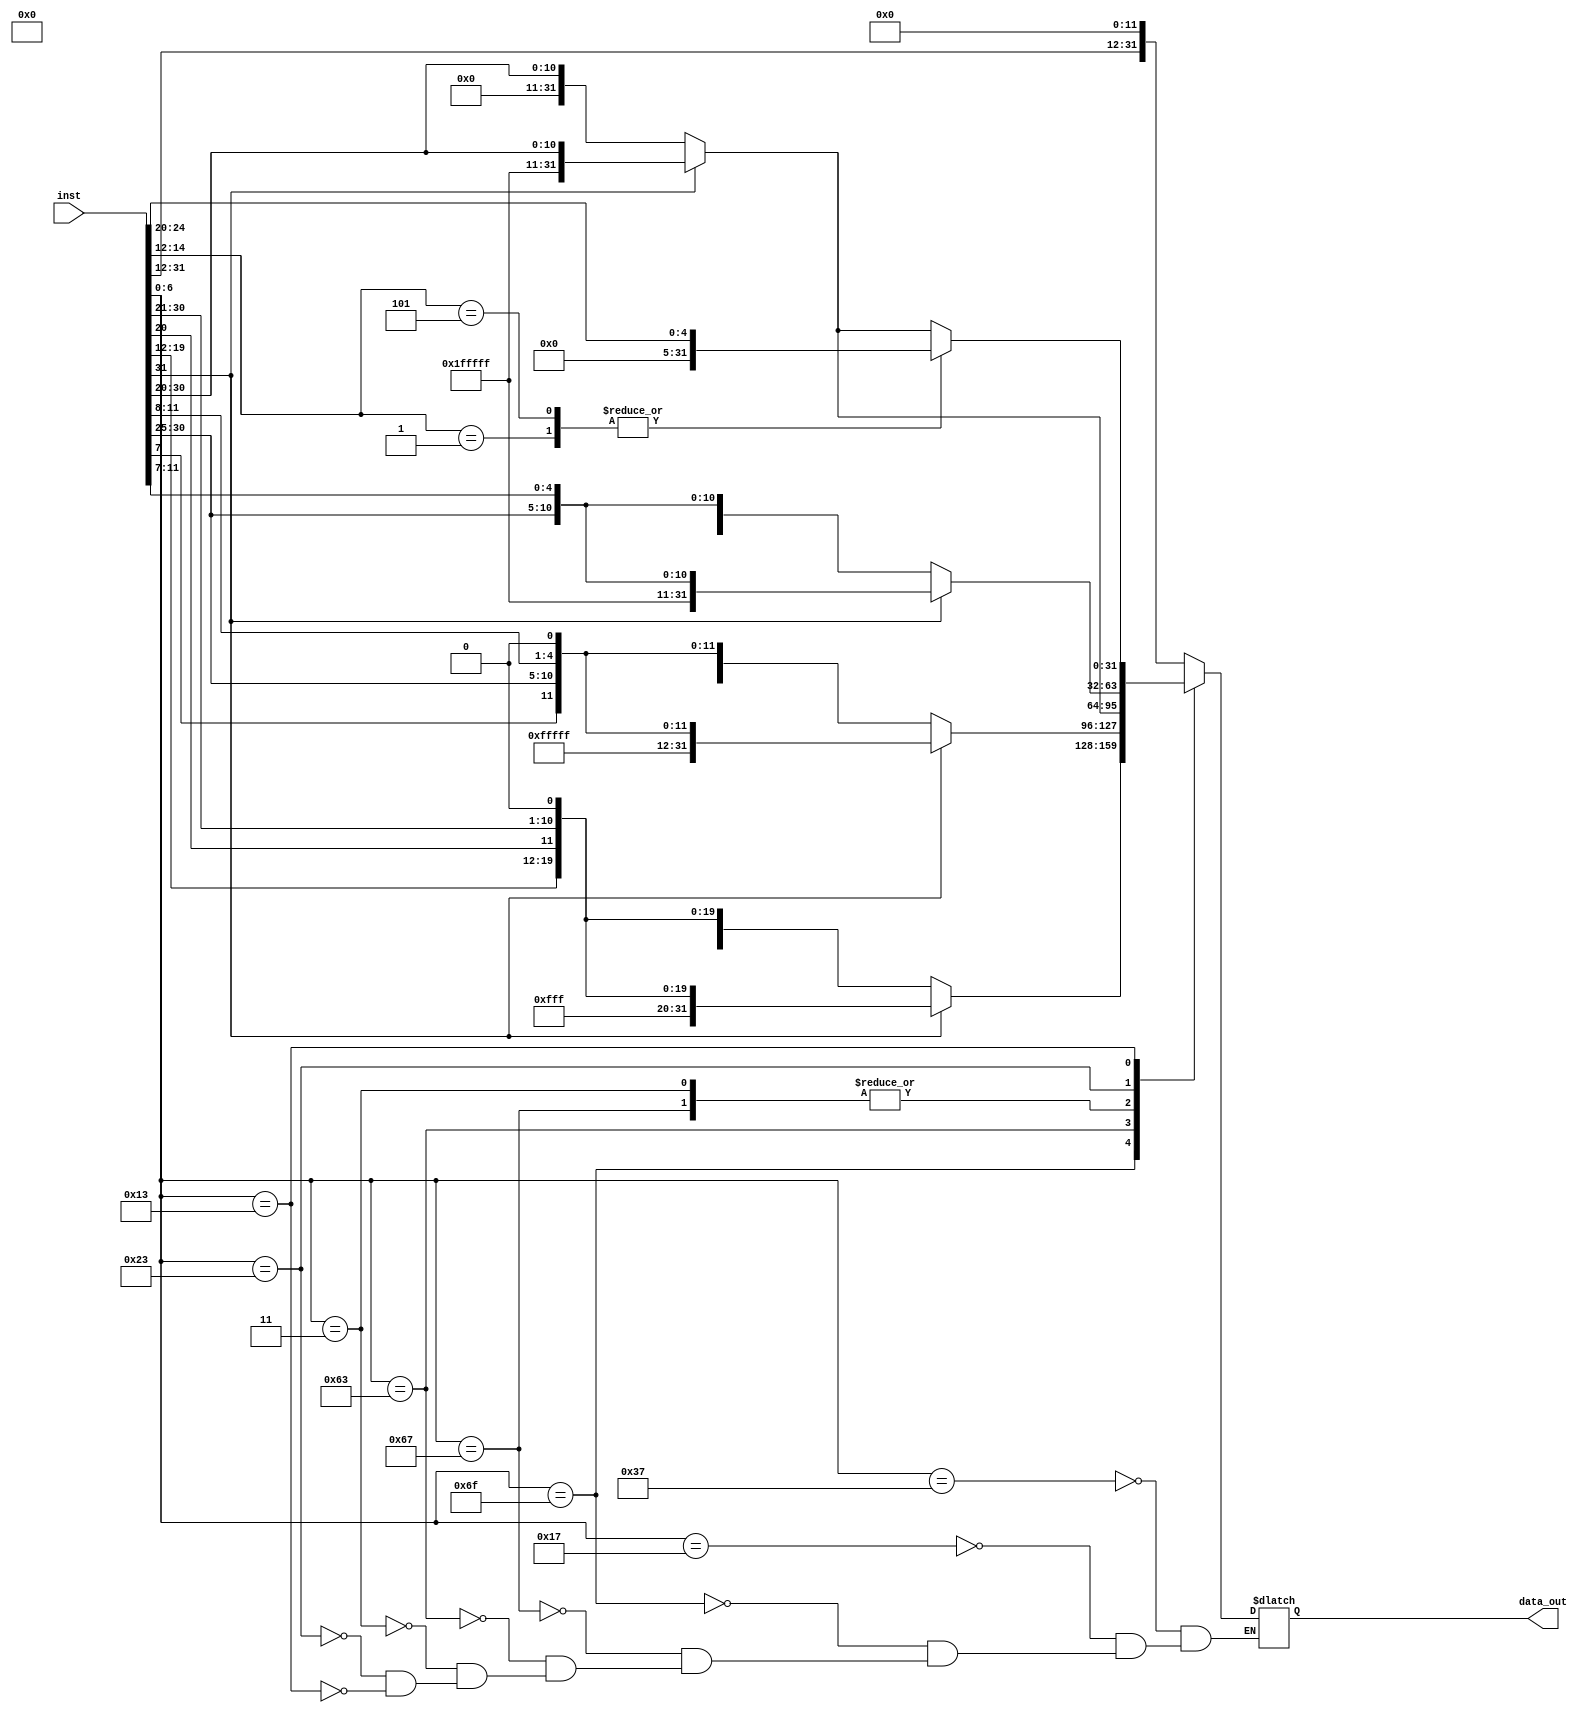
`timescale 1ns / 1ps

module extend_block(
input [31:0] inst,
output reg [31:0] data_out
);

always @(*) begin
    case(inst[6:0]) 
    7'b0110111: data_out <= {inst[31:12], 12'd0}; // LUI
    7'b0010111: data_out <=  {inst[31:12], 12'd0}; // AUIPC    
    7'b1101111: data_out <= inst[31] ? {12'hfff,inst[19:12], inst[20], inst[30:25], inst[24:21],1'b0}:{12'd0,inst[19:12], inst[20], inst[30:25], inst[24:21],1'b0};// jal
    7'b1100111: data_out <= inst[31] ? {22'h3fffff,inst[30:20]} : {22'd0, inst[30:20]};// jalr
    7'b1100011: data_out <= inst[31] ? {20'hfffff,inst[7],inst[30:25], inst[11:8], 1'b0} : {20'd0,inst[7],inst[30:25], inst[11:8], 1'b0};  // BRANCH
    7'b0000011: data_out <= inst[31] ? {22'h3fffff,inst[30:20]} : {22'd0, inst[30:20]}; // LB LH LW LBU LBHU
    7'b0100011: data_out <= inst[31] ? {22'h3fffff, inst[30:25], inst[11:8], inst[7]}:{22'd0, inst[30:25], inst[11:8], inst[7]};   // SB SH SW                                                     
    7'b0010011: begin
        case(inst[14:12])
            3'b000: data_out <= inst[31] ? {22'h3fffff,inst[30:20]} : {22'd0, inst[30:20]};
            3'b010: data_out <= inst[31] ? {22'h3fffff,inst[30:20]} : {22'd0, inst[30:20]};
            3'b011: data_out <= inst[31] ? {22'h3fffff,inst[30:20]} : {22'd0, inst[30:20]};
            3'b100: data_out <= inst[31] ? {22'h3fffff,inst[30:20]} : {22'd0, inst[30:20]};
            3'b110: data_out <= inst[31] ? {22'h3fffff,inst[30:20]} : {22'd0, inst[30:20]};
            3'b111: data_out <= inst[31] ? {22'h3fffff,inst[30:20]} : {22'd0, inst[30:20]};
            3'b001: data_out <= {27'd0, inst[24:20]};
            3'b101: data_out <= {27'd0, inst[24:20]};
        endcase
    end 
    endcase
end
endmodule